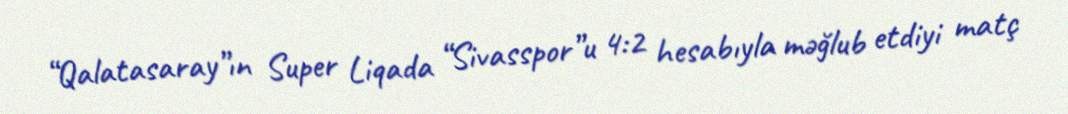
“Qalatasaray”ın Super Liqada “Sivasspor”u 4:2 hesabıyla məğlub etdiyi matç